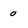
Character: 0